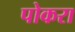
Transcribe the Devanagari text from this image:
पोकरा